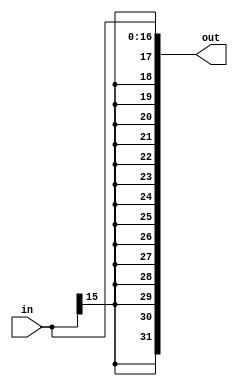
`timescale 1ns / 1ps
//////////////////////////////////////////////////////////////////////////////////
// Company: 
// Engineer: 
// 
// Design Name: 
// Module Name: SignExtend
// Project Name: 
// Target Devices: 
// Tool Versions: 
// Description: 
// 
// Dependencies: 
// 
// Revision:
// Revision 0.01 - File Created
// Additional Comments:
// 
//////////////////////////////////////////////////////////////////////////////////


module SignExtend #(parameter size=16) (input [size:0] in, output [31:0] out);

wire[size-1:0] temp;

genvar i;

generate
    for(i=0; i<size; i=i+1) 
        assign temp[i] = in[size-1];
endgenerate

assign out = {temp, in};

endmodule